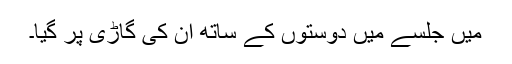
میں جلسے میں دوستوں کے ساتھ ان کی گاڑی پر گیا۔